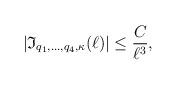
LaTeX: \begin{align*}|\mathfrak{I}_{q_1,\ldots, q_4, \kappa}(\ell)|\leq \frac{C}{\ell^ {3}},\end{align*}